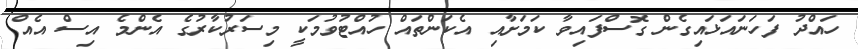
ހައްދު ފަހަނައަޅައިގެން ގޮސްފައިވާ ކަމަށާއި އެކަންތައް ހުއްޓުވުމަކީ މިސަރުކާރުގެ އެންމެ އިސް އެއް